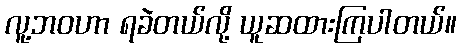
လူ့ဘဝဟာ ရခဲတယ်လို့ ယူဆထားကြပါတယ်။